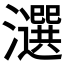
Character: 𤂿